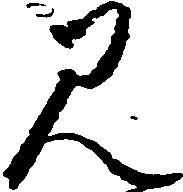
み